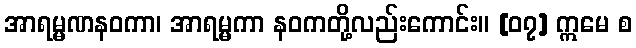
အာရမ္မဏနဝကာ၊ အာရမ္မကာ နဝကတို့လည်းကောင်း။ [၀၇] ဣမေ စ